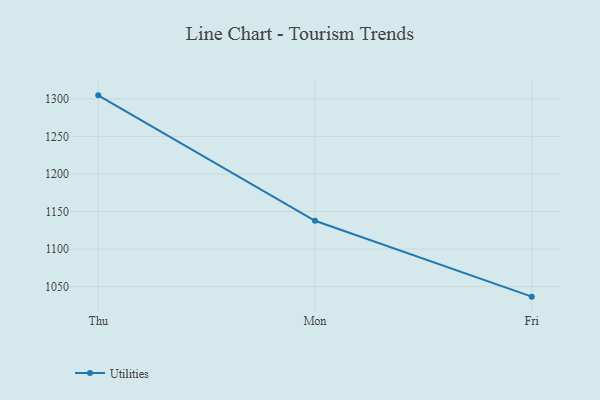
{"axis": {"x": "Day", "y": "Latency (ms)"}, "legend": ["Utilities"], "data": [{"x": "Thu", "y": 1304.7, "type": "Utilities"}, {"x": "Mon", "y": 1137.7, "type": "Utilities"}, {"x": "Fri", "y": 1036.7, "type": "Utilities"}]}